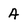
Character: A